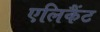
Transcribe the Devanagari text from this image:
एलिकैंट